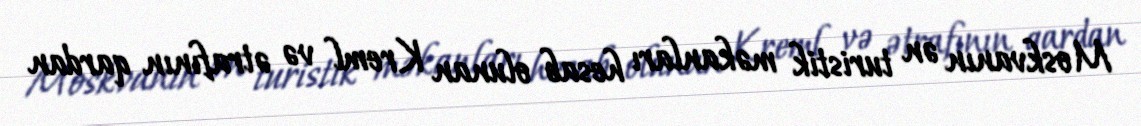
Moskvanın ən turistik məkanları hesab olunan Kreml və ətrafının qardan